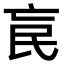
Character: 𣱅